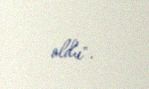
oldu".